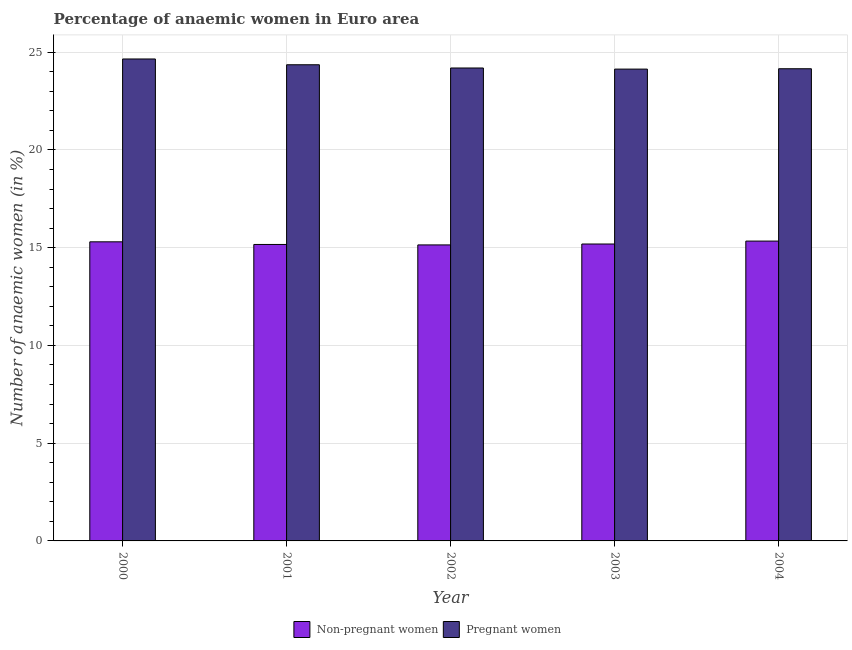
| Year | Non-pregnant women | Pregnant women |
 | --- | --- | --- |
 | 2000 | 15.3 | 24.7 |
 | 2001 | 15.2 | 24.4 |
 | 2002 | 15.1 | 24.2 |
 | 2003 | 15.2 | 24.1 |
 | 2004 | 15.3 | 24.2 |